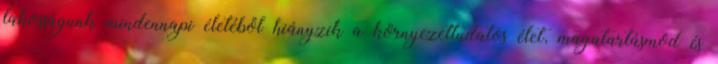
lakosságunk mindennapi életéből hiányzik a környezettudatos élet, magatartásmód és